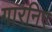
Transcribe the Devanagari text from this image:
गारनिए